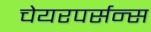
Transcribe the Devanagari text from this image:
चेयरपर्सन्स